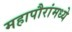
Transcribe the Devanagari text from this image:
महापौरांमध्ये